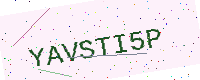
Text: YAVSTI5P